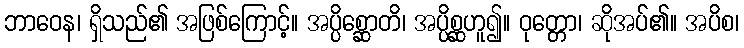
ဘာဝေန၊ ရှိသည်၏ အဖြစ်ကြောင့်။ အပ္ပိစ္ဆောတိ၊ အပ္ပိစ္ဆဟူ၍။ ဝုတ္တော၊ ဆိုအပ်၏။ အပိစ၊